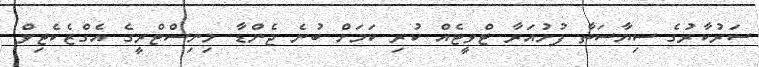
ސަރުކާރުގެ ސިޔާސަތާ ފުށުއަރާ ޓްވީޓެއް ކުރި ކަމަށް ބުނެ ޖެންޑާ މިނިސްޓްރީގެ އެގްޒެކެޓިވް